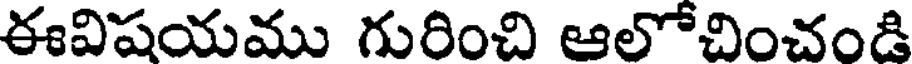
ఈవిషయము గురించి ఆలోచించండి